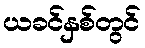
ယခင်နှစ်တွင်